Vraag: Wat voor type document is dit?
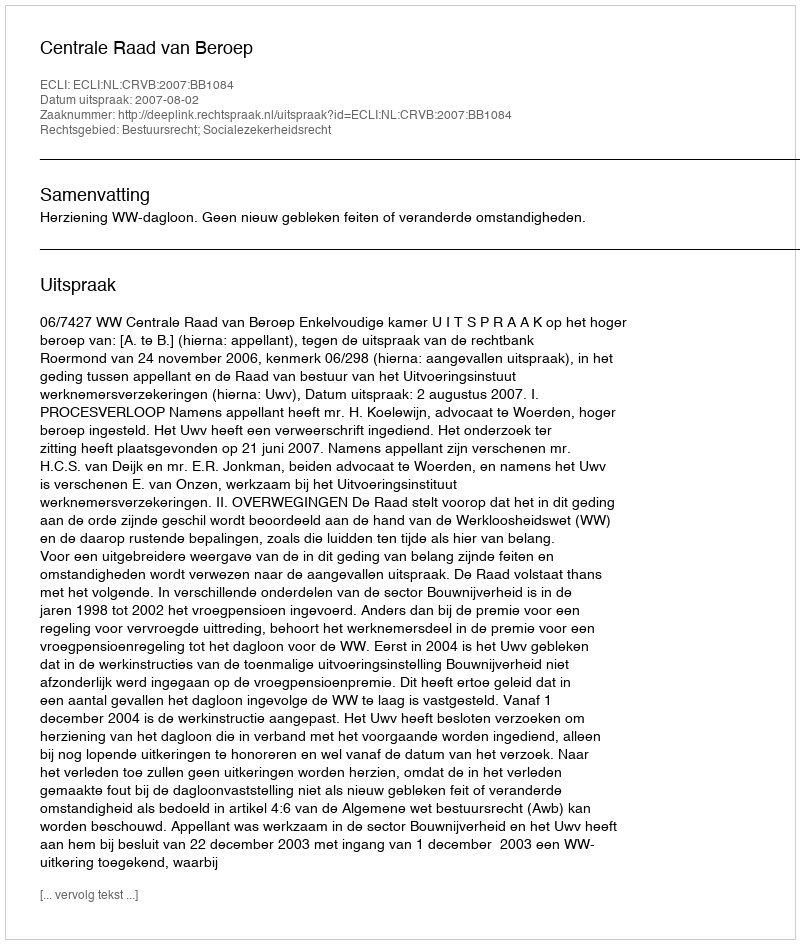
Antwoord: Uitspraak